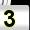
Digit: 3